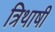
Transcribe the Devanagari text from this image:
त्रिथाषी